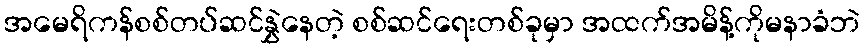
အမေရိကန်စစ်တပ်ဆင်နွှဲနေတဲ့ စစ်ဆင်ရေးတစ်ခုမှာ အထက်အမိန့်ကိုမနာခံဘဲ